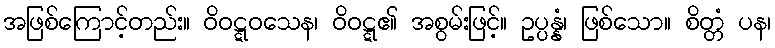
အဖြစ်ကြောင့်တည်း။ ဝိဝဋ္ဋဝသေန၊ ဝိဝဋ္ဋ၏ အစွမ်းဖြင့်။ ဥပ္ပန္နံ၊ ဖြစ်သော။ စိတ္တံ ပန၊